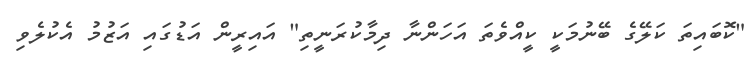
"ކޮބައިތަ ކަލޭގެ ބޭނުމަކީ ކީއްވެތަ އަހަންނާ ދިމާކުރަނީތި" އައިރީން އަޑުގައި އަޒުމު އެކުލެވި